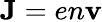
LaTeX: {\mathbf{J}}=en{\mathbf{v}}